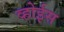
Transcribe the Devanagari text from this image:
व्होईस